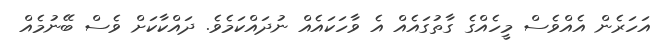
އަހަރެން އެއްވެސް މީހެއްގެ ގާތުގައެއް އެ ވާހަކައެއް ނުދައްކަމެވެ. ދައްކާކަށް ވެސް ބޭނުމެއް